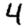
Digit: 4